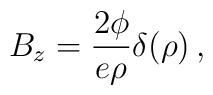
B_z = {2\phi\over e\rho} \delta(\rho) \,,